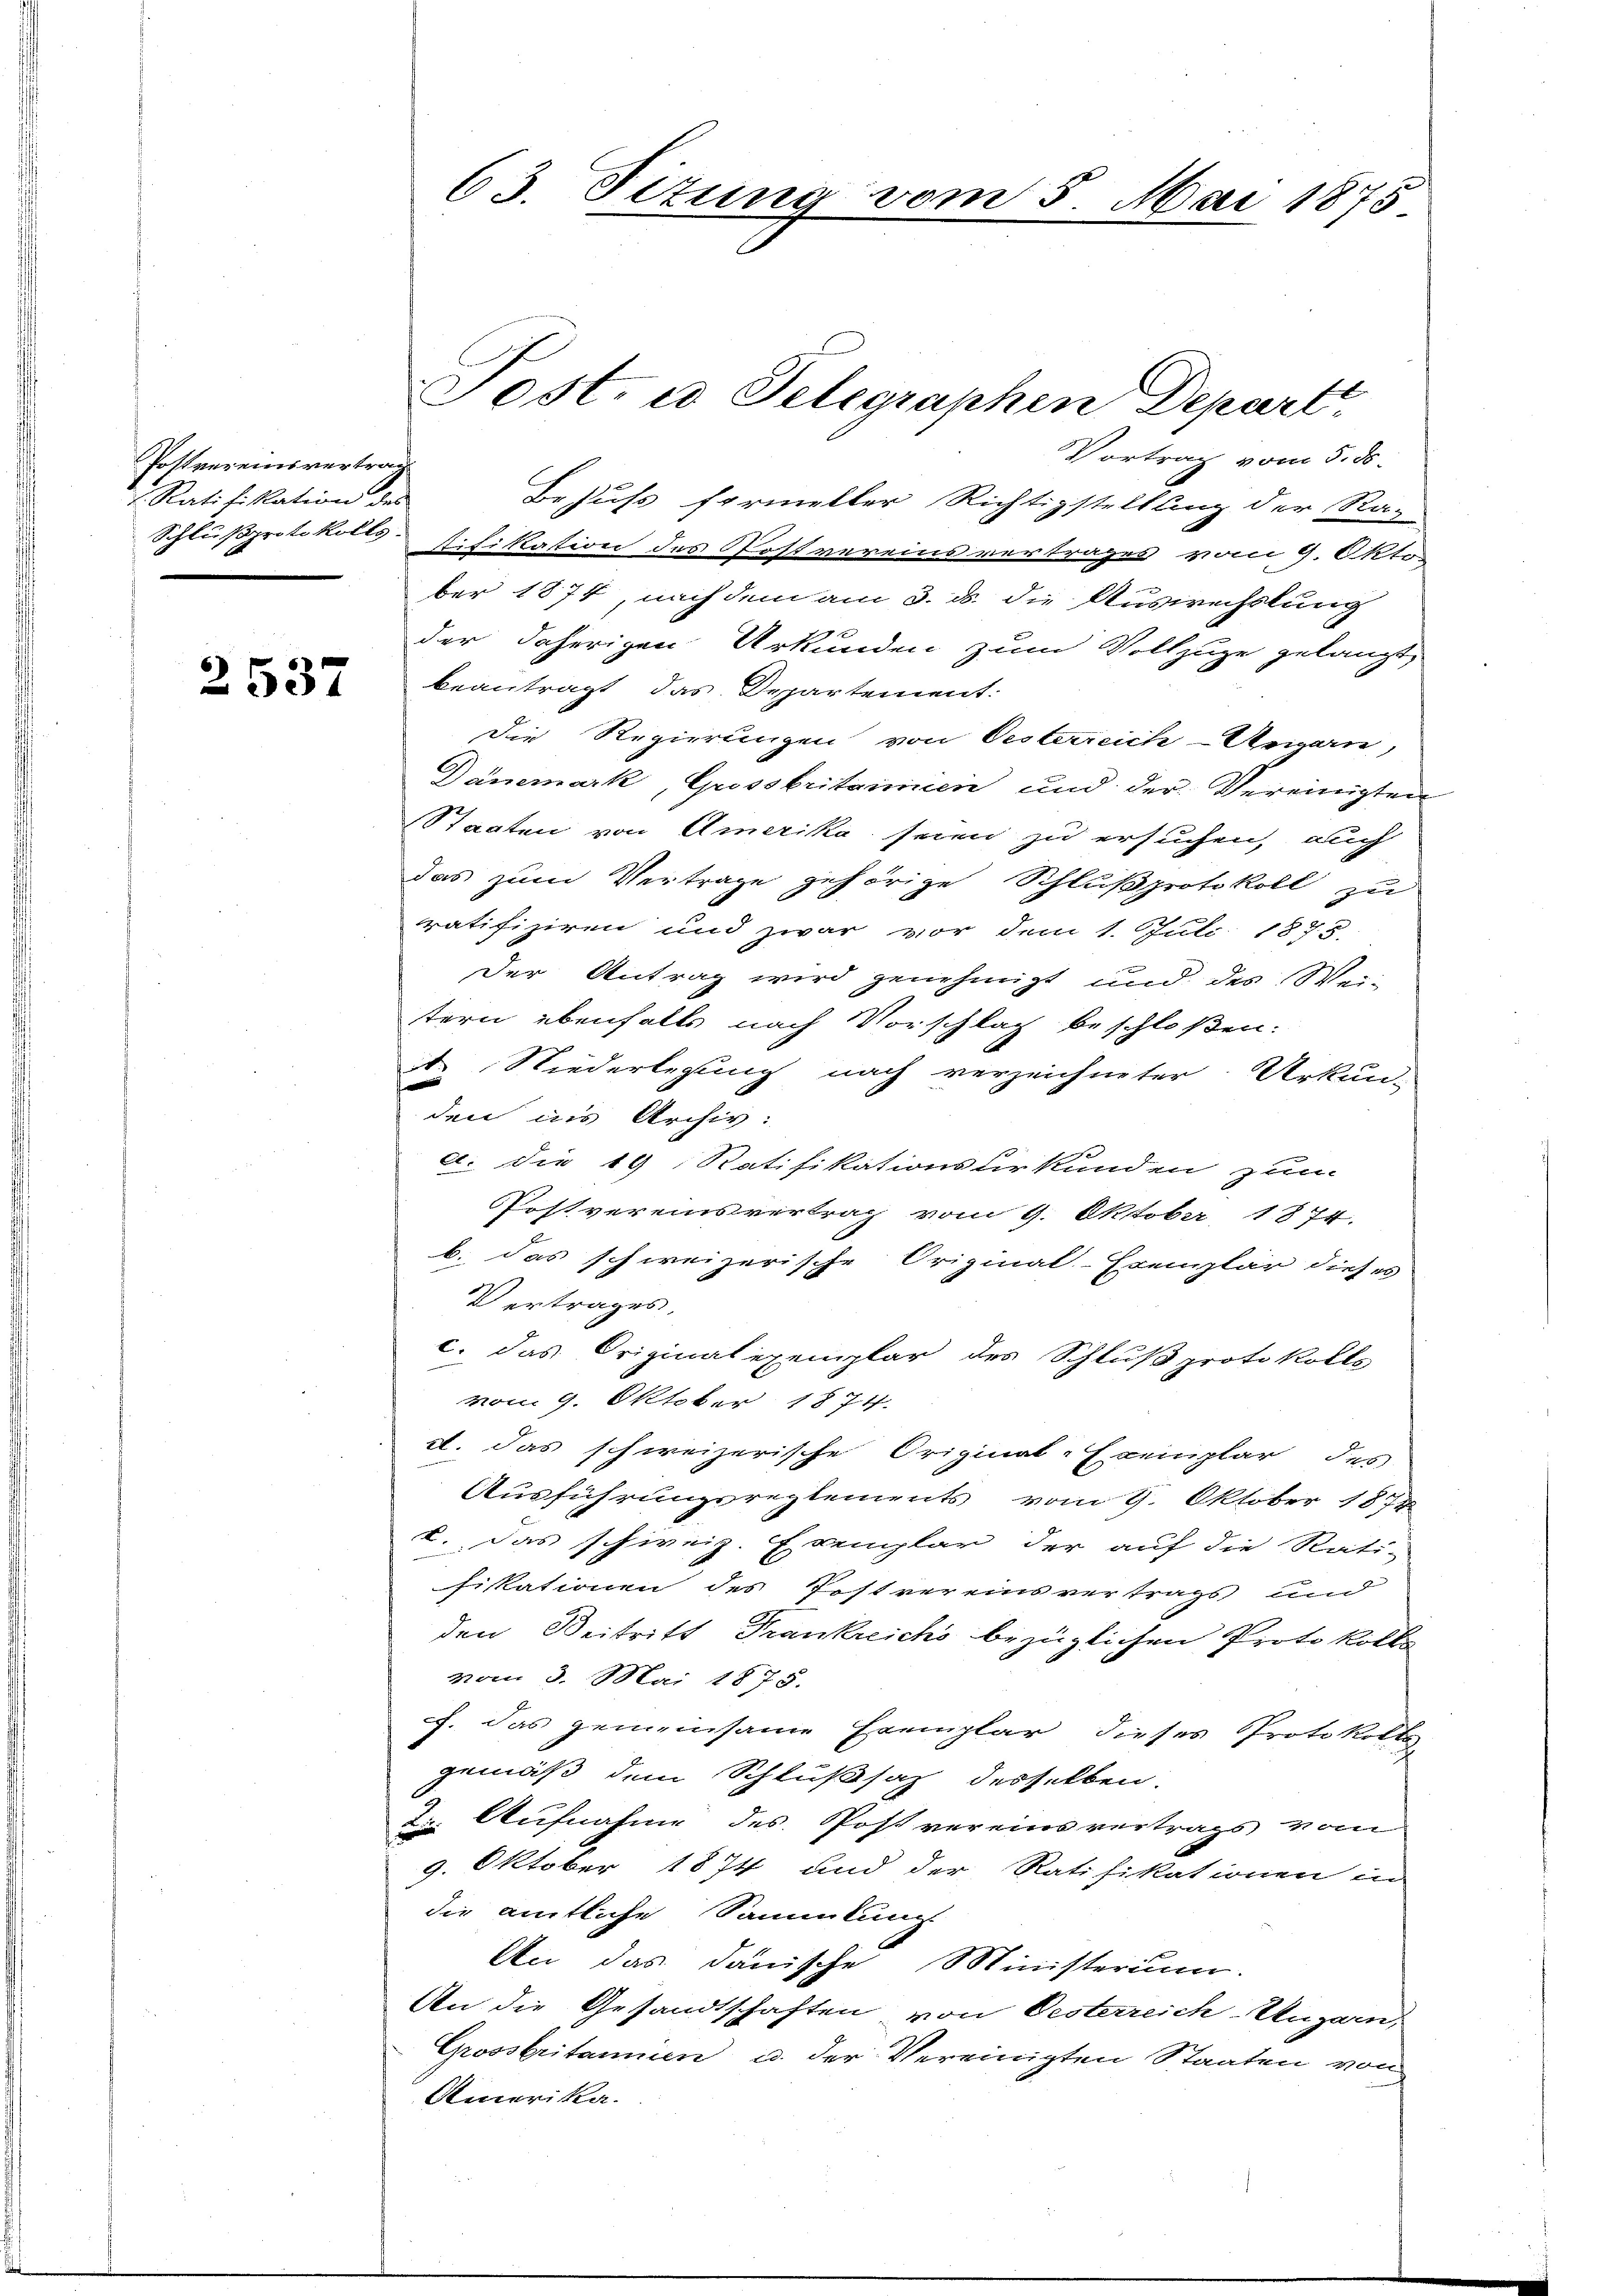
Postvereinsvertrag
 Ratifikation des

2537

Vortrag vom 5. ds.
Behufs formeller Richtigstellling der Raz-
Schlußprotokolls-Schikastion des Postvereinsvertrages vom 9. Okto
ber 1874, nach dem am 3. ds. die Auswechslung
der daherigen Urkunden zum Vollzuge gelangt,
beantragt das Departement:
Die Regierungen von Oesterreich-Ungarn,
Dänemark, Grossbritannien und der Vereinigten
Staaten von Amerika seien zu ersuchen, auch
Das zum Vertrage gehörige Schlußprotokoll zu
ratifiziren und zwar vor dem 1. Juli 1875.
Der Antrag wird genehmigt und des Weitern ebenfalls nach Vorschlag beschloßen:
 Niederlegung nach verzeichneter Urkun-
den ins Archiv:
a. die 19 Ratifikationsurkunden zum
Postvereinsvertrag vom 9. Oktober 1874.
b. das schweizerische Original-Exemplar dieses
Vertrages,
c. das Originalexemplar des Schluß protokolls
vom 9. Oktober 1874.
dt. Das schweizerische Original-Exemplar des
Ausführungsreglements vom 9. Oktober 1874
u. Das schweiz. Exemplar der auf die Ratifiskationen des Postvereinsvertrags und
den Beitritt Frankreichs bezüglichen Protokolls
vom 3. Mai 1875.
f. das gemeinsame Exemplar dieses Protokolle
gemäß dem Schlußsaz desselben.
2. Aufnahme des Post vereinsvertrags vom
9. Oktober 1874 und der Ratifikationen in
die amtliche Sammlung
An das danische Ministerium.
An die Gesandtschaften von Oesterreich-Ungarn,
Grossbritannien u. der Vereinigten Staaten von
Amerika.

63. Titung vom 5. Mai 1875

Post, es Telegraphen Depart